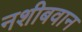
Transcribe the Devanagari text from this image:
नशीबवान